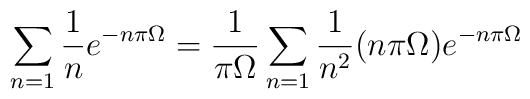
\sum_{n=1}\frac{1}{n} e^{-n\pi \Omega}=\frac{1}{\pi\Omega}\sum_{n=1}\frac{1}{n^2} (n\pi\Omega) e^{-n\pi\Omega}